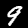
Label: 9